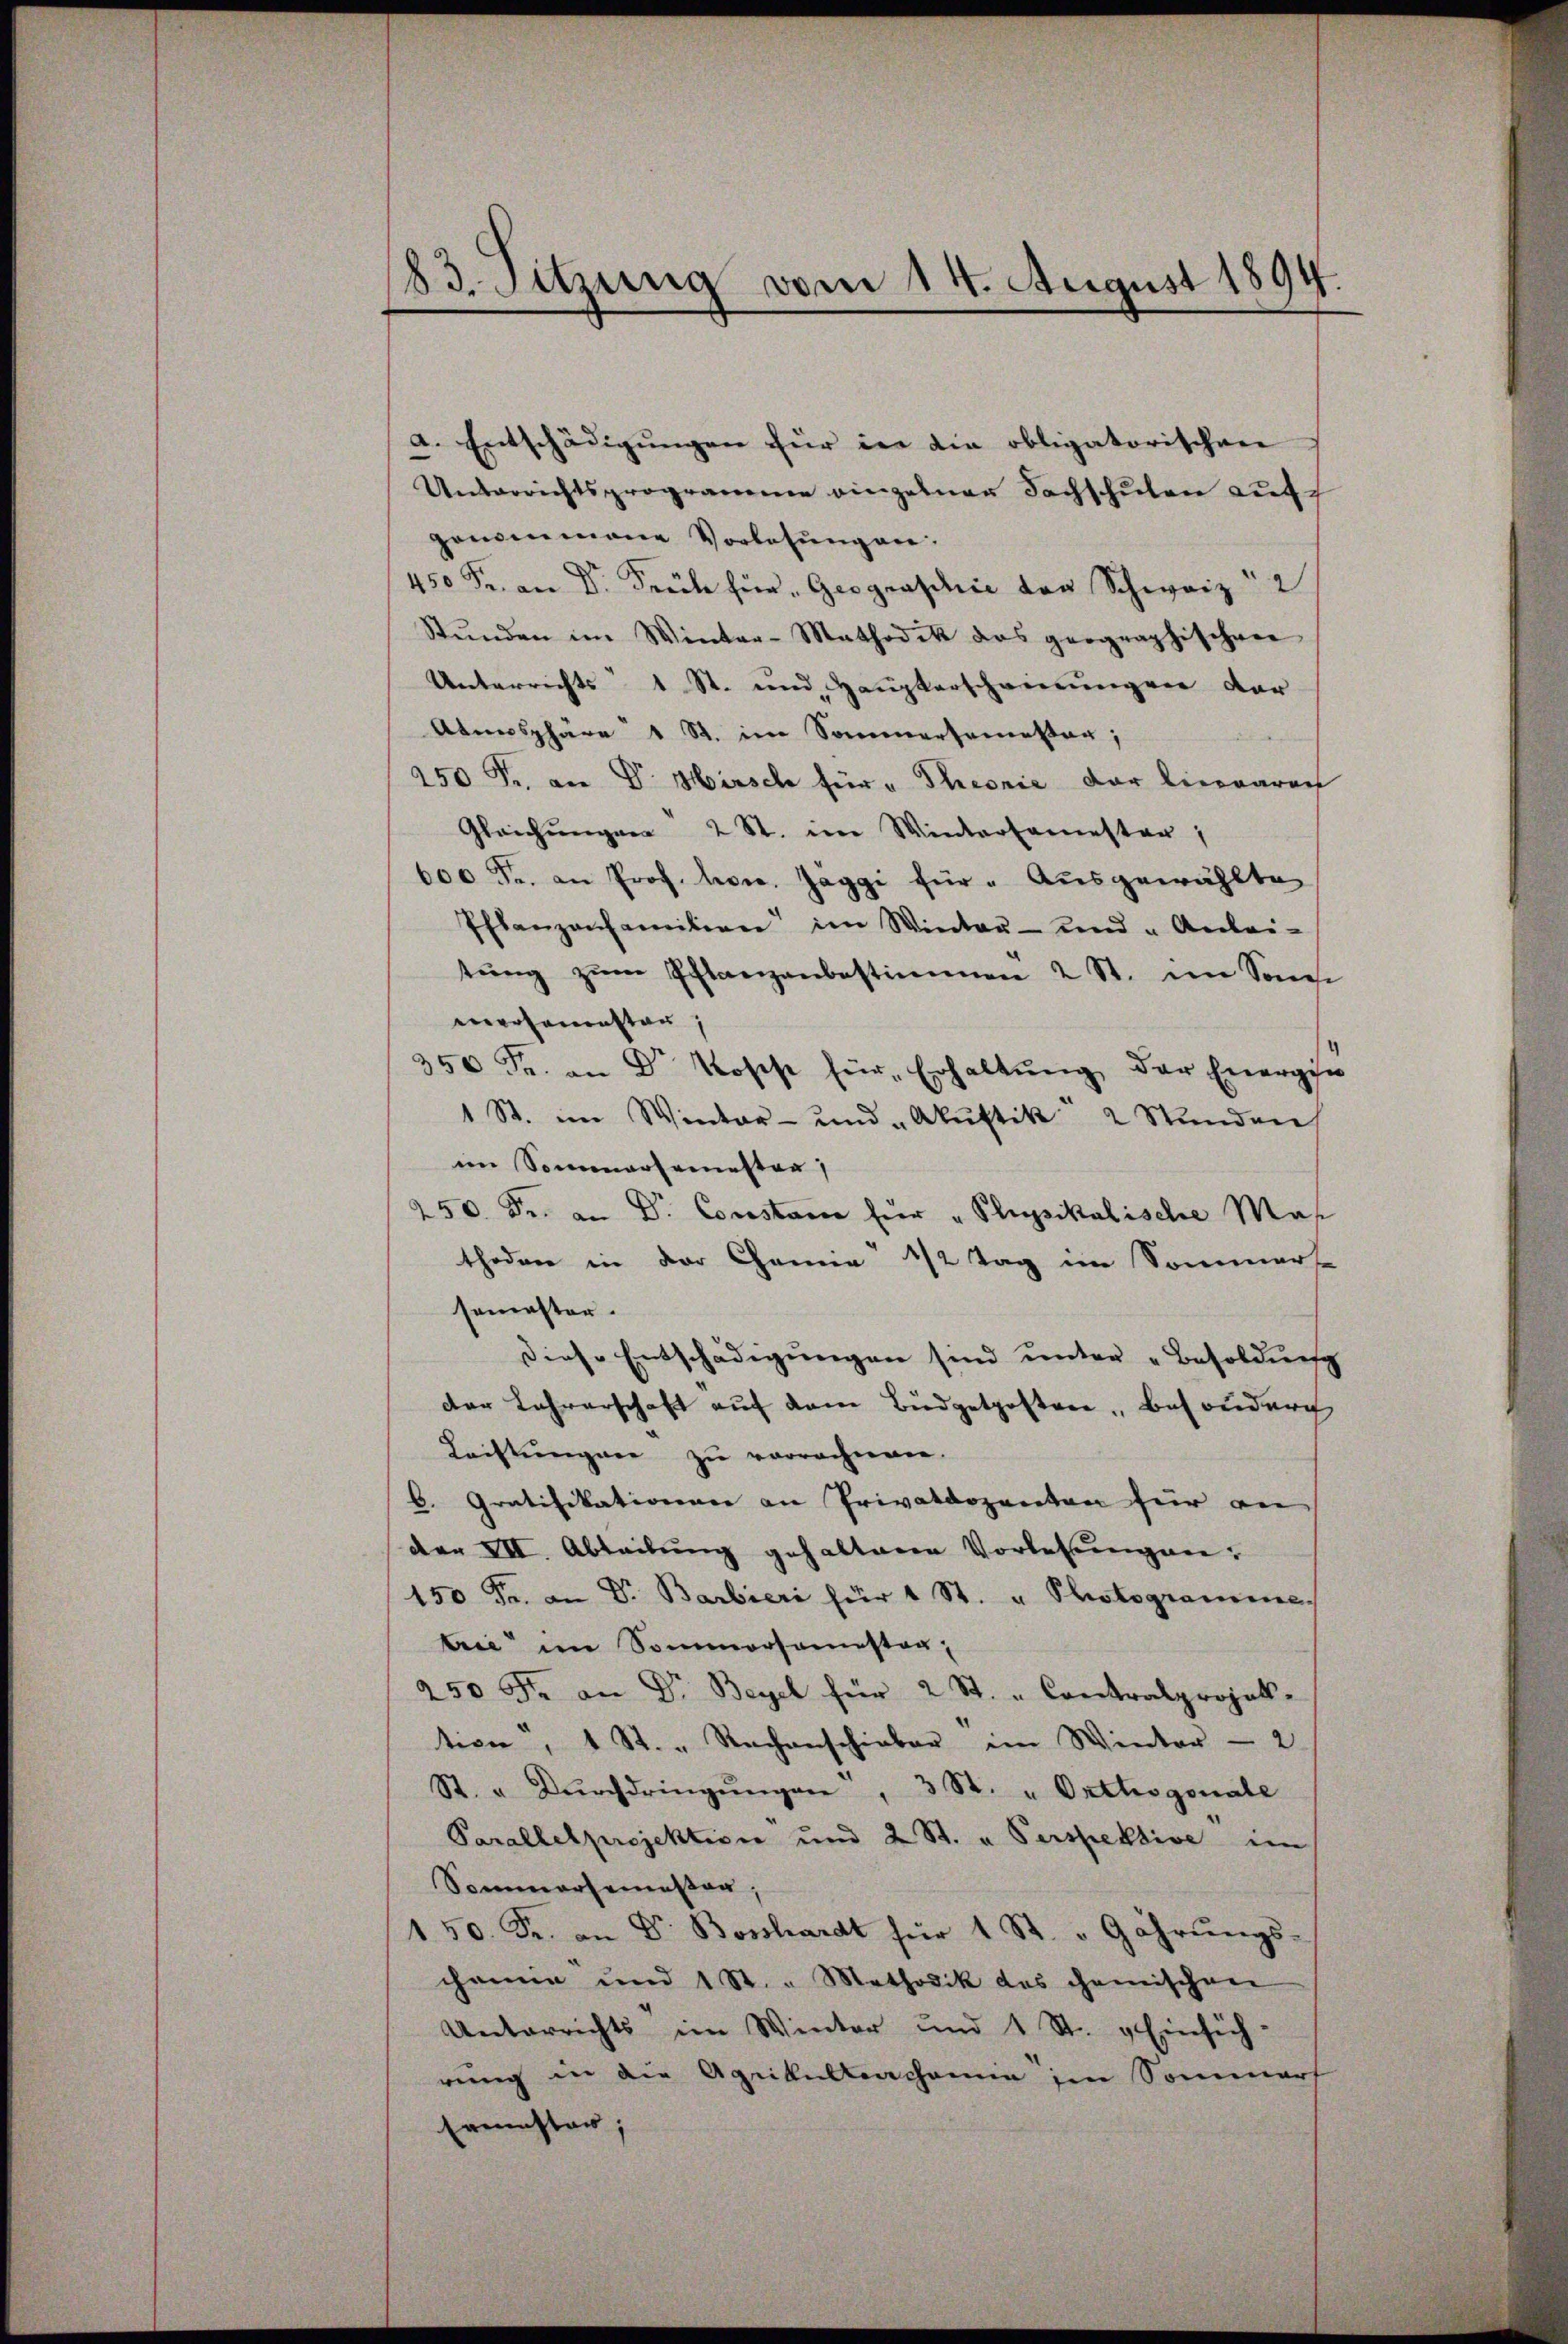
83. Sitzung vom 14. August 1894.

a. Entschädigŭngen für in die obligatorischen
Unterrichtsprogramme einzelner Sachschulen auf
genommene Vorlesungen.
.. Geographie von Schweiz
Stŭnden im Winter-Mathodik das geographischen
Unterrichts 1 St. und Haupterscheinungen dar
Atmosphäre 1 St. im Sommersamstag;
250 Fr. an Dr. Hirsch für „Theorie der Liewaaren
Gleichungen 2 St. im Wintersamesten,
600 Fr. an Prof. hrn. Jäggi für " Ausgewählte
Pflanzonfamilien im Winter- und „Anlei-
tŭng zŭm Pflanzenbestimmen 2 St. im Sonne
mersamenster,
350 Fr. an Dr Roses für Erhaltung der Energin
1 St. im Winter- und "Akŭstik 2 Stunden
im Sommersemester
250. Fr. an Dr. Constance für " Plupsikalische Mas
thoden in der Chemie 1/2 Tag im Sommert
semester.
diese Entschädigungen sind unter „Besoldung
der Lehrerschaft auf dem Büdgetposten Besonderg
Leistŭngen zu verrechnen.
b. Gratifikationner an Privatdozenten für an
dor VII. Abteilung gehaltene Vorlesungen:
150 Fr. an Dr. Barbieri für 4 St. u. Photogramine,
trie im Sommersamstag,
250 Fr. an Dr. Beyel für 2 St. " Contralprojek-
tion, 1 St. " Rachenschieber im Winter - 2
St. " Dŭrchdringŭngen, 3 St. " Orthogonale
Parallelprojektion und 2 St. u. Perspektive im
Sommersemesser,
150. Fr. an Dr. Bosshardt für 1 St. " Gahrŭngs-
chemie und 1 St. Methodik des chemischen
Unterrichts im Winter und 1 St. Einsich-
rung in die Agrikultenchemie im Sommers
Ermuster;